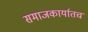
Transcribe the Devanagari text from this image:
समाजकार्यातच